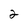
Character: 2